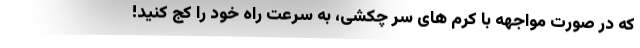
که در صورت مواجهه با کرم های سر چکشی، به سرعت راه خود را کج کنید!